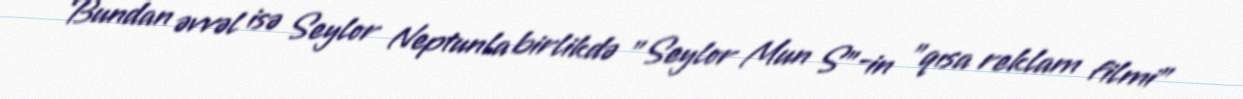
Bundan əvvəl isə Seylor Neptunla birlikdə "Seylor Mun S"-in "qısa reklam filmi"